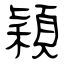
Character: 穎